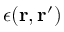
\epsilon ( \mathbf { r } , \mathbf { r } ^ { \prime } )